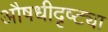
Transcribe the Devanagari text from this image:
औषधीदृष्ट्या